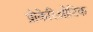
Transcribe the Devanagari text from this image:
प्रोकेरिओटिक